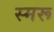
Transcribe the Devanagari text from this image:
स्मरू